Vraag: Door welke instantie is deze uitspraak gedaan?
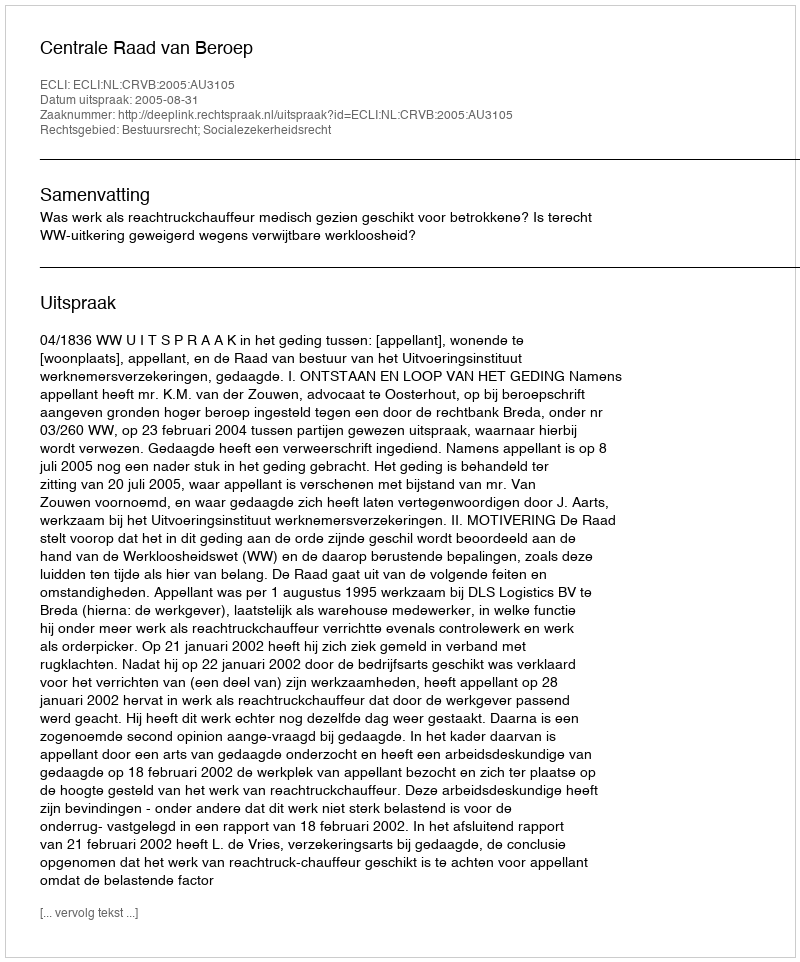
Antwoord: Centrale Raad van Beroep